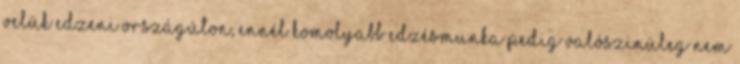
velük edzeni országúton, ennél komolyabb edzésmunka pedig valószinüleg nem